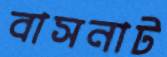
বাসনাট